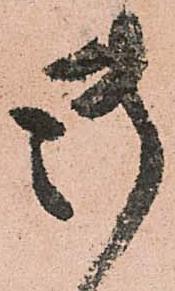
御